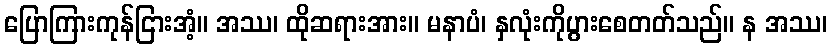
ပြောကြားကုန်ငြားအံ့။ အဿ၊ ထိုဆရားအား။ မနာပံ၊ နှလုံးကိုပွားစေတတ်သည်။ န အဿ၊